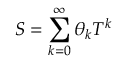
S = \sum _ { k = 0 } ^ { \infty } \theta _ { k } T ^ { k }